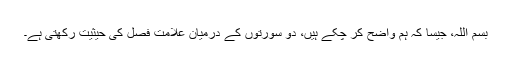
بسم اللہ، جیسا کہ ہم واضح کر چکے ہیں، دو سورتوں کے درمیان علامت فصل کی حیثیت رکھتی ہے۔